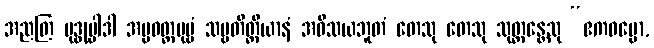
အညတြ ဗုဒ္ဓုပ္ပါဒါ အပ္ပဝတ္တပုဗ္ဗံ သဗ္ဗတိတ္ထိယာနံ အဝိသယဘူတံ တေသု တေသု သုတ္တန္တေသု “ဧကဓမ္မော,